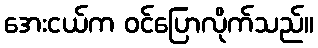
အေးငယ်က ဝင်ပြောလိုက်သည်။